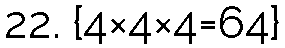
22. {4×4×4=64}